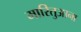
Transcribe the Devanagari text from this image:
मारितुआना